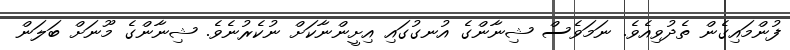
ފުންމައިގެން ތެދުވިއެވެ. ނަމަވެސް ޝިނާންގެ އުނގުގައި އިށީންނާކަށް ނުކެރުނެވެ. ޝިނާންގެ މޫނަށް ބަލަން